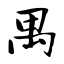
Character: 禺